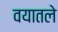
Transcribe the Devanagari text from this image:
वयातले